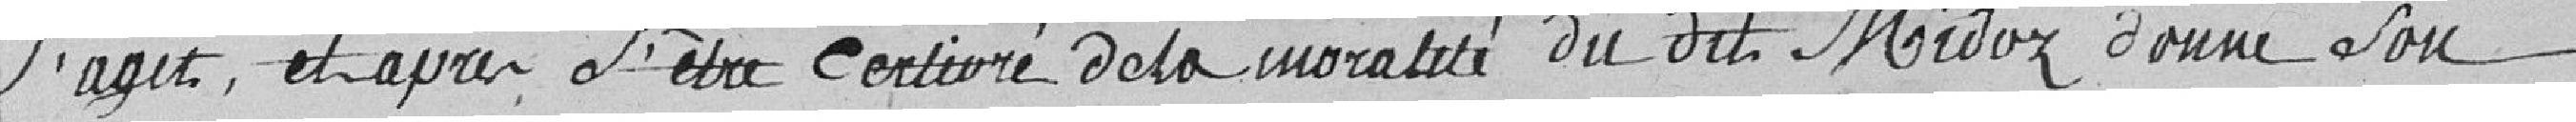
s'agit, et après s'être      de la moralité dudit Midoz, donne son